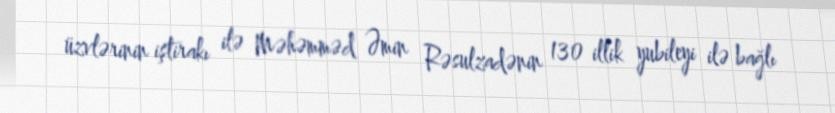
üzvlərinin iştirakı ilə Məhəmməd Əmin Rəsulzadənin 130 illik yubileyi ilə bağlı